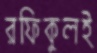
রফিকুলই